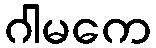
ဂါမကေ